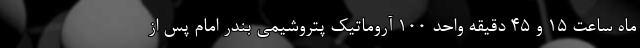
ماه ساعت ۱۵ و ۴۵ دقیقه واحد ۱۰۰ آروماتیک پتروشیمی بندر امام پس از